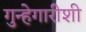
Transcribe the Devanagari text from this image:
गुन्हेगारीशी